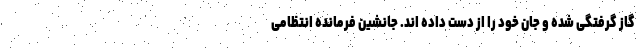
گاز گرفتگی شده و جان خود را از دست داده اند. جانشین فرمانده انتظامی